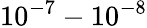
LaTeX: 10^{-7}-10^{-8}